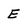
Character: E